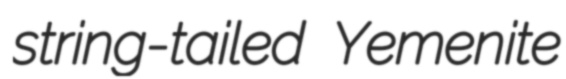
string-tailed Yemenite